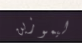
ليموزين